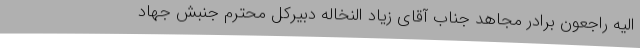
الیه راجعون برادر مجاهد جناب آقای زیاد النخاله دبیرکل محترم جنبش جهاد